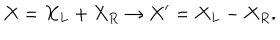
X = X _ { L } + X _ { R } \rightarrow X ^ { \prime } = X _ { L } - X _ { R } .